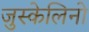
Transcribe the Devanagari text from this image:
जुस्केलिनो